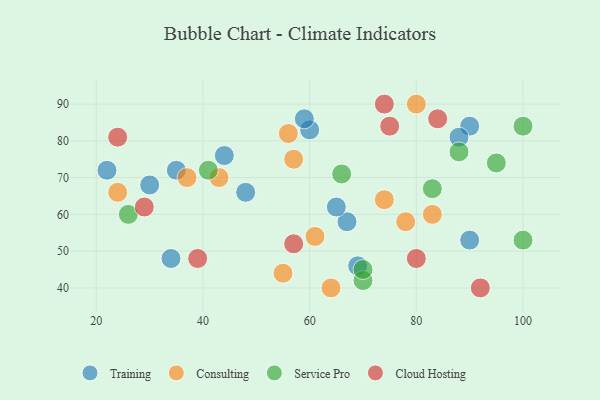
{"axis": {"x": "GDP", "y": "Life Expectancy"}, "legend": ["Cloud Hosting", "Consulting", "Service Pro", "Training"], "data": [{"x": "34", "y": 48, "type": "Training"}, {"x": "22", "y": 72, "type": "Training"}, {"x": "60", "y": 83, "type": "Training"}, {"x": "67", "y": 58, "type": "Training"}, {"x": "90", "y": 84, "type": "Training"}, {"x": "90", "y": 53, "type": "Training"}, {"x": "44", "y": 76, "type": "Training"}, {"x": "35", "y": 72, "type": "Training"}, {"x": "48", "y": 66, "type": "Training"}, {"x": "59", "y": 86, "type": "Training"}, {"x": "30", "y": 68, "type": "Training"}, {"x": "88", "y": 81, "type": "Training"}, {"x": "65", "y": 62, "type": "Training"}, {"x": "69", "y": 46, "type": "Training"}, {"x": "64", "y": 40, "type": "Consulting"}, {"x": "74", "y": 64, "type": "Consulting"}, {"x": "55", "y": 44, "type": "Consulting"}, {"x": "78", "y": 58, "type": "Consulting"}, {"x": "61", "y": 54, "type": "Consulting"}, {"x": "43", "y": 70, "type": "Consulting"}, {"x": "56", "y": 82, "type": "Consulting"}, {"x": "80", "y": 90, "type": "Consulting"}, {"x": "83", "y": 60, "type": "Consulting"}, {"x": "24", "y": 66, "type": "Consulting"}, {"x": "37", "y": 70, "type": "Consulting"}, {"x": "57", "y": 75, "type": "Consulting"}, {"x": "95", "y": 74, "type": "Service Pro"}, {"x": "41", "y": 72, "type": "Service Pro"}, {"x": "88", "y": 77, "type": "Service Pro"}, {"x": "66", "y": 71, "type": "Service Pro"}, {"x": "100", "y": 53, "type": "Service Pro"}, {"x": "70", "y": 42, "type": "Service Pro"}, {"x": "100", "y": 84, "type": "Service Pro"}, {"x": "70", "y": 45, "type": "Service Pro"}, {"x": "26", "y": 60, "type": "Service Pro"}, {"x": "83", "y": 67, "type": "Service Pro"}, {"x": "80", "y": 48, "type": "Cloud Hosting"}, {"x": "92", "y": 40, "type": "Cloud Hosting"}, {"x": "57", "y": 52, "type": "Cloud Hosting"}, {"x": "75", "y": 84, "type": "Cloud Hosting"}, {"x": "84", "y": 86, "type": "Cloud Hosting"}, {"x": "39", "y": 48, "type": "Cloud Hosting"}, {"x": "74", "y": 90, "type": "Cloud Hosting"}, {"x": "29", "y": 62, "type": "Cloud Hosting"}, {"x": "24", "y": 81, "type": "Cloud Hosting"}]}